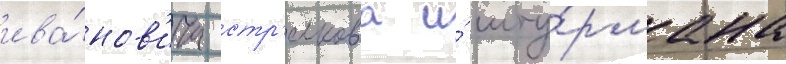
ива́нов'ича стр'елкова и́ шту́рмана